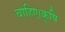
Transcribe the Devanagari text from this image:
चाहिए।कृषि